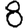
Digit: 8